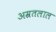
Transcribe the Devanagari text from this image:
अम्रतलाल